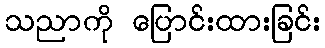
သညာကို ပြောင်းထားခြင်း